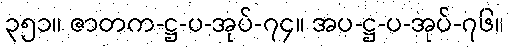
၃၅၁။ ဇာတက-ဋ္ဌ-ပ-အုပ်-၇၄။ အပ-ဋ္ဌ-ပ-အုပ်-၇၆။